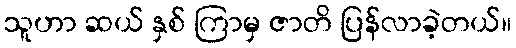
သူဟာ ဆယ် နှစ် ကြာမှ ဇာတိ ပြန်လာခဲ့တယ်။